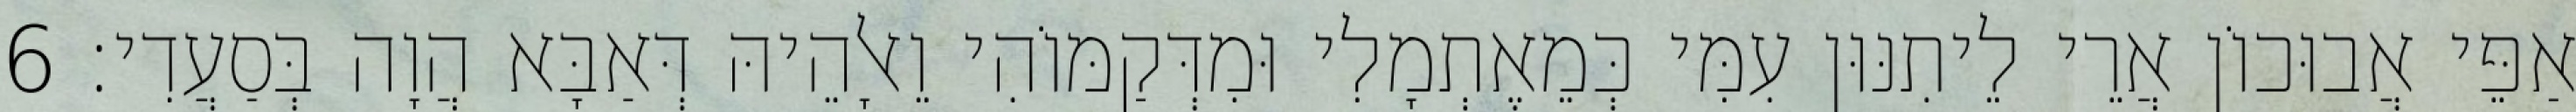
אַפֵּי אֲבוּכוֹן אֲרֵי לֵיתִנּוּן עִמִּי כְּמֵאֶתְמָלִי וּמִדְּקַמּוֹהִי וֵאלָהֵיהּ דְּאַבָּא הֲוָה בְּסַעֲדִי׃ 6